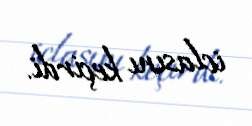
iclasını keçirdi.